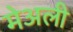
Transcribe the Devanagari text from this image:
मेअली